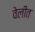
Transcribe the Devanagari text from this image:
वेलीत